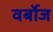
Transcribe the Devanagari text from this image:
वर्बोज